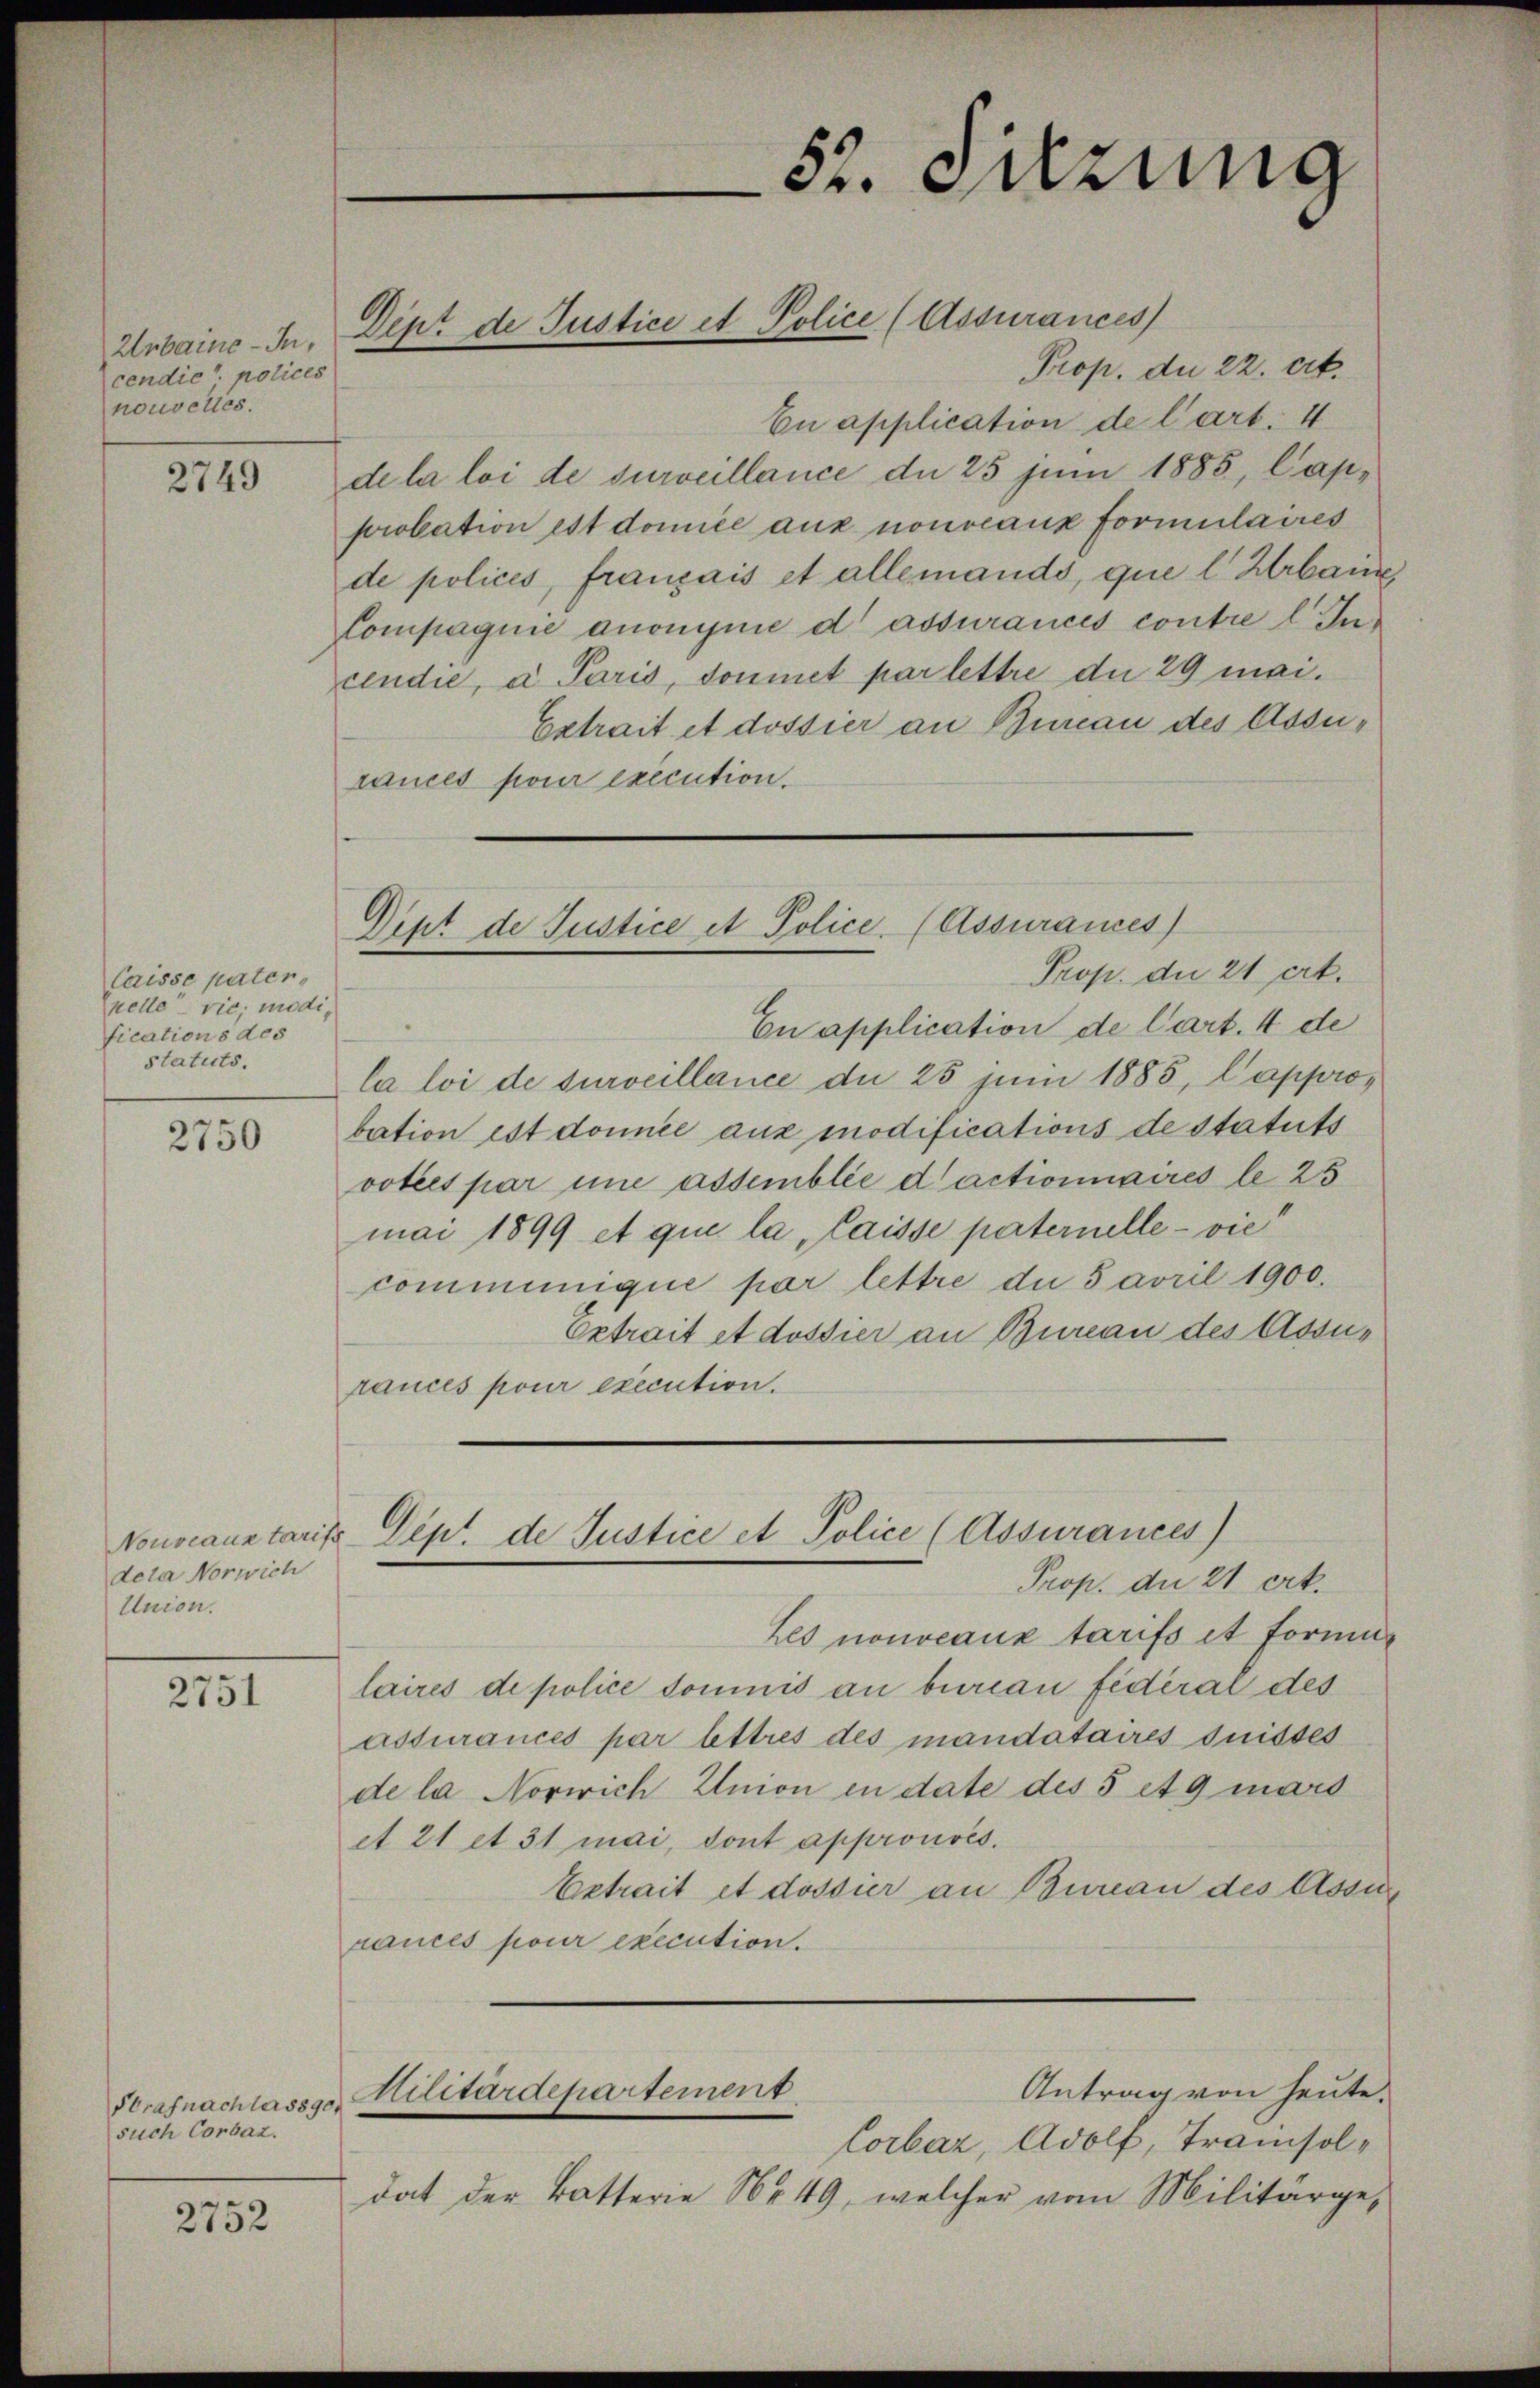
cendie polices
nouvelles.

2749

Caisse pater,
nelle vie, modifications des
statuts.

2750

deta Norwich
Union.

2751

Strafnachlas890.
such Corbaz.

2752

Prop. du 22. Frk.
En application de l’art. 4
de la loi de surveillance de 25 juni 1885, Capprobation est domice aux nouveaux formulaires
de polices, français et allemands, que l. Urbanz
Compagnie anonyme d assurances contre l. Jucendie, a Paris, donnet par lettre die 29 mai¬
Extrait et dossier an Bureau des Assurances pour execution.

Urbaine-In, Dipt de Justice et Police (Assurances

52. Sitzung

Dept de Justice et Police. (Assurances
Prop. der 21 ert.

En application de Cart. 4 de
la loi de surveillance de 25 Juni 1885, Capprobation est donnée aux modifications de statuts
votées par une assemblée d’actionnaires le 25
mai 1899 et qui la, laisse paternelle - vie
communique par lettre die 5 avril 1900.
Extrait et dossier an Bureau des Assus
rances pour execution.

Nouveauntarifs Dept. de Justice et Police (Assurances
Prop. die 21 erk.

Les nouveaux tarifs et Formu
laires de police soumis an bureau fédéral des
assurances par lettres des mandataires suisses
de la Normrich Union in date des 5 et 9 mars
et 21 et 31 Mai, dont approuvés.
Extrait et dossier an Bureau des Assi
rances pour execution.
Antrag von heute.
Militärdepartement
Corbar, Adolf, Trainsoldat der Batterie No 49, welcher vom Militärge-